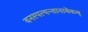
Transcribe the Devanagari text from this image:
वनस्पत्यन्तानामेकम्